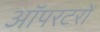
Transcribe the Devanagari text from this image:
ऑपरटरों